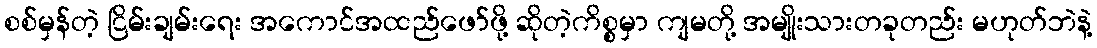
စစ်မှန်တဲ့ ငြိမ်းချမ်းရေး အကောင်အထည်ဖော်ဖို့ ဆိုတဲ့ကိစ္စမှာ ကျမတို့ အမျိုးသားတခုတည်း မဟုတ်ဘဲနဲ့